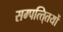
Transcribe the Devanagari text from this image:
सम्पत्ति्तयों